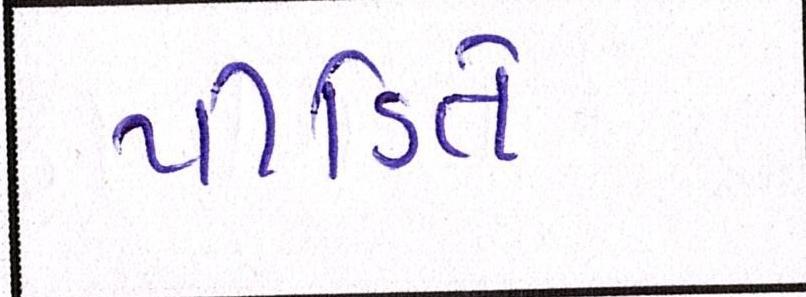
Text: પીડિતે